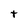
Character: t